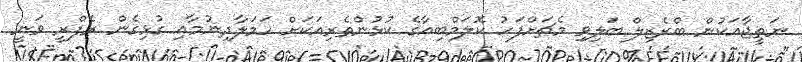
ނަތީޖާއަކުން ބްރެޒިލް ބަލިވި މެޗަށްފަހު ކޮލަމްބިއާގެ ކުޅުންތެރިއަކަށް ހަމަލާދިނުމާއި ގުޅިގެން ރެފްރީ ވަނީ